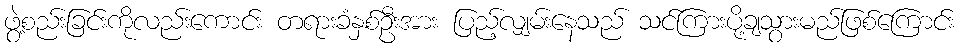
ဖွဲ့စည်းခြင်းကိုလည်းကောင်း တရားခံနှစ်ဦးအား ပြည့်လျှမ်းနေသည် သင်ကြားပို့ချသွားမည်ဖြစ်ကြောင်း